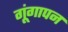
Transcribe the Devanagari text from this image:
गूंगापन